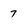
Character: 7